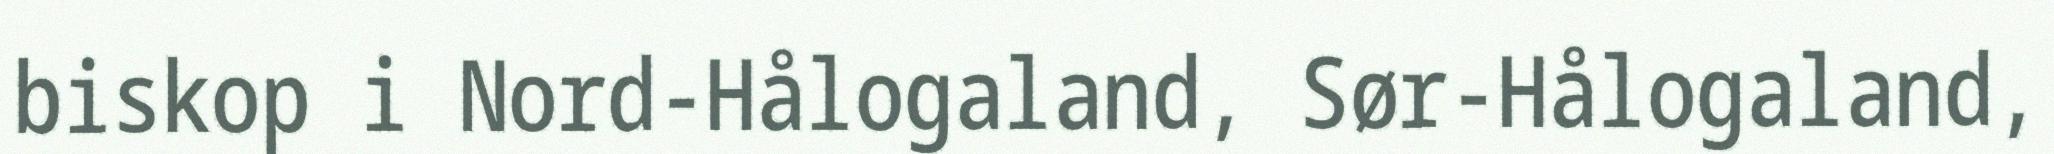
biskop i Nord-Hålogaland, Sør-Hålogaland,